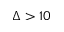
\Delta > 1 0